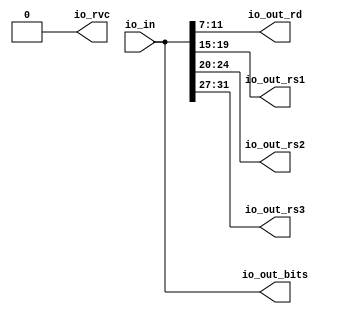
// Copyright (c) 2017, Microsemi Corporation
// All rights reserved.
//
// Redistribution and use in source and binary forms, with or without
// modification, are permitted provided that the following conditions are met:
//     * Redistributions of source code must retain the above copyright
//       notice, this list of conditions and the following disclaimer.
//     * Redistributions in binary form must reproduce the above copyright
//       notice, this list of conditions and the following disclaimer in the
//       documentation and/or other materials provided with the distribution.
//     * Neither the name of the <organization> nor the
//       names of its contributors may be used to endorse or promote products
//       derived from this software without specific prior written permission.
//
// THIS SOFTWARE IS PROVIDED BY THE COPYRIGHT HOLDERS AND CONTRIBUTORS "AS IS" AND
// ANY EXPRESS OR IMPLIED WARRANTIES, INCLUDING, BUT NOT LIMITED TO, THE IMPLIED
// WARRANTIES OF MERCHANTABILITY AND FITNESS FOR A PARTICULAR PURPOSE ARE
// DISCLAIMED. IN NO EVENT SHALL MICROSEMI CORPORATIONM BE LIABLE FOR ANY
// DIRECT, INDIRECT, INCIDENTAL, SPECIAL, EXEMPLARY, OR CONSEQUENTIAL DAMAGES
// (INCLUDING, BUT NOT LIMITED TO, PROCUREMENT OF SUBSTITUTE GOODS OR SERVICES;
// LOSS OF USE, DATA, OR PROFITS; OR BUSINESS INTERRUPTION) HOWEVER CAUSED AND
// ON ANY THEORY OF LIABILITY, WHETHER IN CONTRACT, STRICT LIABILITY, OR TORT
// (INCLUDING NEGLIGENCE OR OTHERWISE) ARISING IN ANY WAY OUT OF THE USE OF THIS
// SOFTWARE, EVEN IF ADVISED OF THE POSSIBILITY OF SUCH DAMAGE.
//
// APACHE LICENSE
// Copyright (c) 2017, Microsemi Corporation 
//
// Licensed under the Apache License, Version 2.0 (the "License");
// you may not use this file except in compliance with the License.
// You may obtain a copy of the License at
//
//    http://www.apache.org/licenses/LICENSE-2.0
//
// Unless required by applicable law or agreed to in writing, software
// distributed under the License is distributed on an "AS IS" BASIS,
// WITHOUT WARRANTIES OR CONDITIONS OF ANY KIND, either express or implied.
// See the License for the specific language governing permissions and
// limitations under the License.
//
// Description:
//
// SVN Revision Information:
// SVN $Revision: $
// SVN $Date: $
//
// Resolved SARs
// SAR      Date     Who   Description
//
// Notes:
//
// ****************************************************************************/
`define RANDOMIZE
`timescale 1ns/10ps
module PROC_SUBSYSTEM_MIV_RV32IMA_L1_AHB_0_MIV_RV32IMA_L1_AHB_RVC_EXPANDER(
  input  [31:0] io_in,
  output [31:0] io_out_bits,
  output [4:0]  io_out_rd,
  output [4:0]  io_out_rs1,
  output [4:0]  io_out_rs2,
  output [4:0]  io_out_rs3,
  output        io_rvc
);
  wire [4:0] _T_5;
  wire [4:0] _T_6;
  wire [4:0] _T_7;
  wire [4:0] _T_8;
  assign io_out_bits = io_in;
  assign io_out_rd = _T_5;
  assign io_out_rs1 = _T_6;
  assign io_out_rs2 = _T_7;
  assign io_out_rs3 = _T_8;
  assign io_rvc = 1'h0;
  assign _T_5 = io_in[11:7];
  assign _T_6 = io_in[19:15];
  assign _T_7 = io_in[24:20];
  assign _T_8 = io_in[31:27];
endmodule